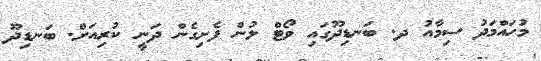
މުހައްމަދު ސިމާއު ދ. ބަނޑިދޫގައި ވޯޓް ލުން ފެށިގެން ދަނީ ކުރިއަށް. ބަނޑިދޫ